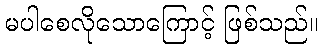
မပါစေလိုသောကြောင့် ဖြစ်သည်။